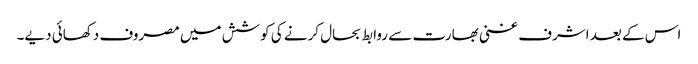
اس کے بعد اشرف غنی بھارت سے روابط بحال کرنے کی کوشش میں مصروف دکھائی دیے۔